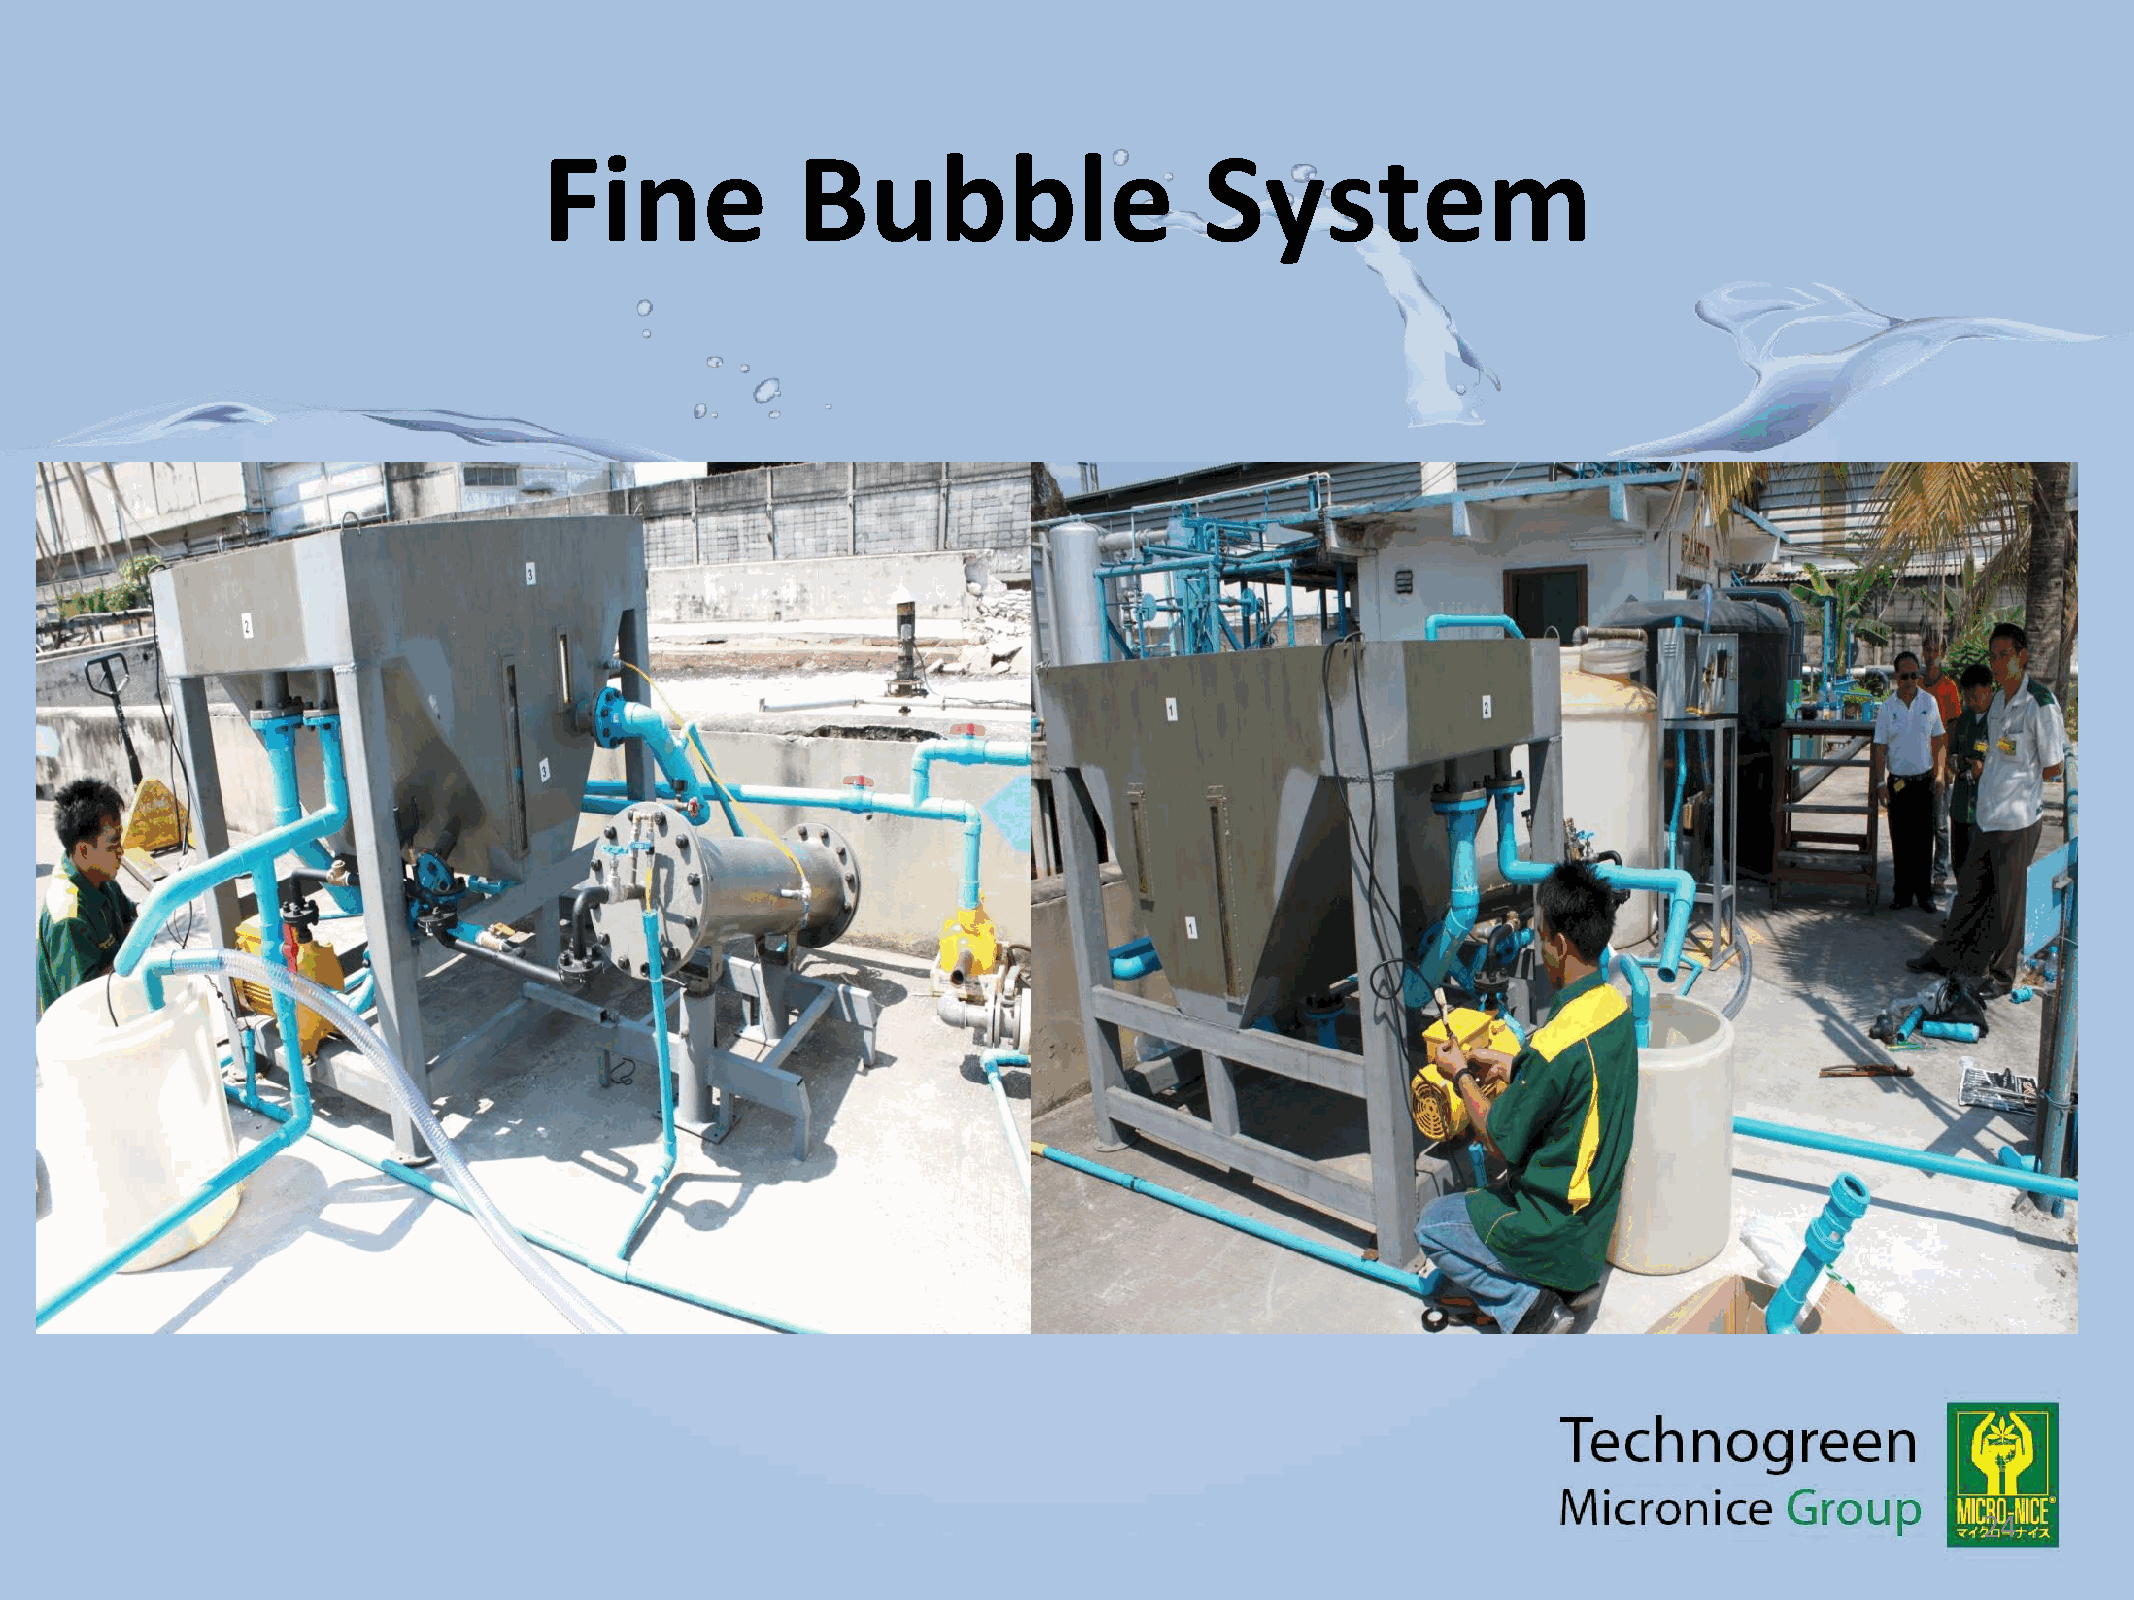
Fine             Bubble                     System
 24